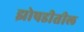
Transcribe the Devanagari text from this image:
झोपडीतील